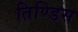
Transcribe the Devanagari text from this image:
तिण्डिस